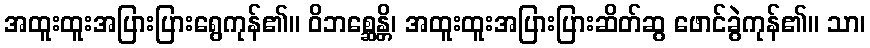
အထူးထူးအပြားပြားရွေကုန်၏။ ဝိဘစ္ဆေန္တိ၊ အထူးထူးအပြားပြားဆိတ်ဆွ ဖောင်ခွဲကုန်၏။ သာ၊